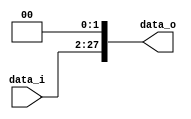
//Subject:      CO project 2 - Shift_Left_Two_28
//--------------------------------------------------------------------------------
//Version:     1
//--------------------------------------------------------------------------------
//Description: shift data left two bits(for 26 to 28 bits)
//--------------------------------------------------------------------------------

module Shift_Left_Two_28(
    data_i,
    data_o
    );

//I/O ports                    
input [25:0] data_i;

output [27:0] data_o;

reg [27:0] i,data_o;

//shift left 2

always @( * )
	begin
	
	data_o[0] = 1'b0;
	data_o[1] = 1'b0;

	for(i=2; i<=27; i=i+1)
		begin
		data_o[i] = data_i[i-2];
		end
		
	end

endmodule